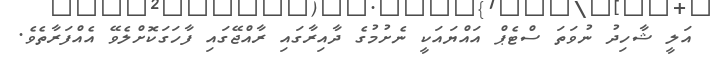
އަލީ ޝާހިދު ނުވަތަ ސްޓެޕް އައްޔައަކީ ނެށުމުގެ ދާއިރާގައި ރާއްޖޭގައި ފާހަގަކޮށްލެވޭ އެއްފަރާތެވެ.